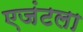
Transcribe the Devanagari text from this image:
एजंटला